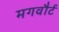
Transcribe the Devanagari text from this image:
मगवौर्ट